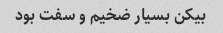
بیکن بسیار ضخیم و سفت بود